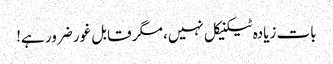
بات زیادہ ٹیکنیکل نہیں، مگر قابل غور ضرور ہے!